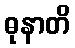
ဓုနာတိ